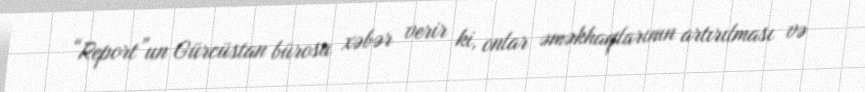
“Report”un Gürcüstan bürosu xəbər verir ki, onlar əməkhaqlarının artırılması və